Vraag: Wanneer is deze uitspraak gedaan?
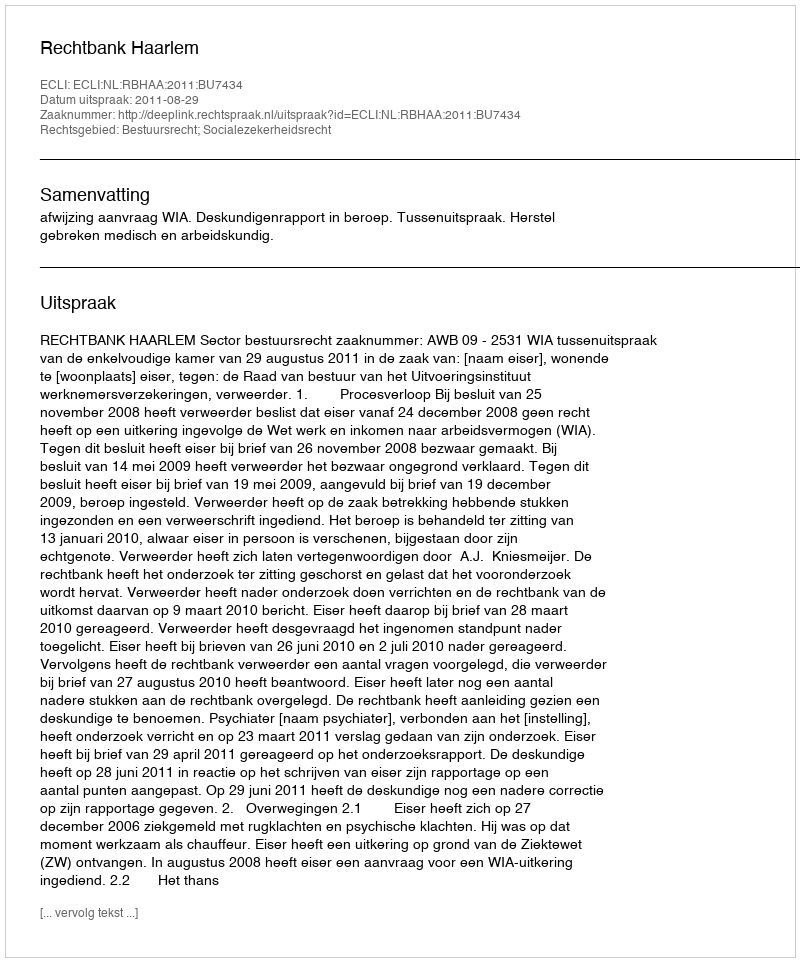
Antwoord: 2011-08-29